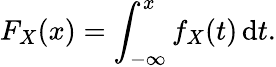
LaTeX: F_{X}(x)=\int_{-\infty}^{x}f_{X}(t)\, \mathrm{d}t.